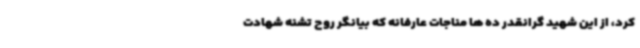
کرد، از این شهید گرانقدر ده ها مناجات عارفانه که بیانگر روح تشنه شهادت